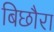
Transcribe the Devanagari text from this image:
बिछौरा